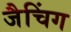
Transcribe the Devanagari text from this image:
जैचिंग